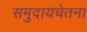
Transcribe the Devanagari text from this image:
समुदायचेतना